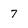
Character: 7